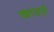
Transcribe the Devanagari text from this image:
खावरी